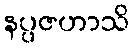
နပ္ပဇဟာသိ